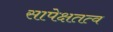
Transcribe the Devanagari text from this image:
सापेक्षतत्व